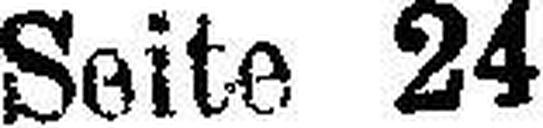
Seite 24